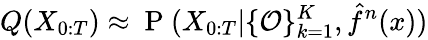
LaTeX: Q(X_{0:T})\approx\mathrm{~P~}(X_{0:T}|\{ \mathcal{O}\} _{k=1}^{K},\hat{f}^{n}(x))